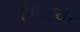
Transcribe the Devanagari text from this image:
टैन्जियर